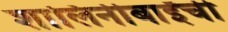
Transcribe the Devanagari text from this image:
शालिनीबाईंची